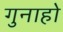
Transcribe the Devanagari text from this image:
गुनाहो